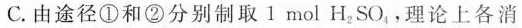
C. 由途径①和②分别制取1 mol H_{2}SO_{4}，理论上各消